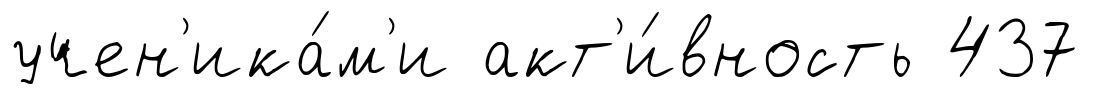
учен'ика́м'и акт'и́вность 437